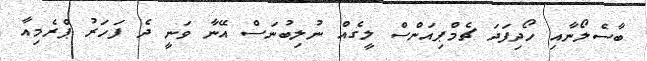
ބާސެލޯނާއި ހޯދިފަދަ ޗެމްޕިއަންސް ލީގެއް ނުލިބުނަސް އޭނާ ވަނީ ދެ ފަހަރު ޕްރެމިއާ